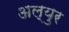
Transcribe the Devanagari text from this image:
अल्युर